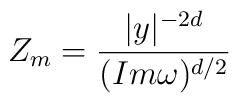
Z_m=\frac{|y|^{-2d}}{(Im\omega)^{d/2}}